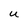
Character: U